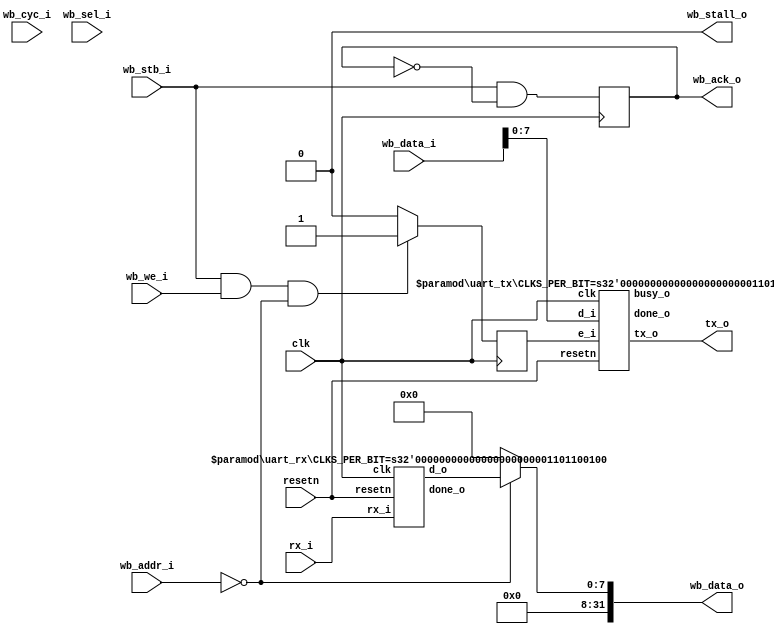
`timescale 1ns / 1ps

module wb_uart #(
    parameter integer CLK_FREQ     = 100_000_000,
    parameter integer BAUD_RATE    = 115200,
    parameter integer ADDR_TX_DATA = 'h0,
    parameter integer ADDR_RX_DATA = 'h0,
    parameter integer ADDR_STATUS  = 'h0
) (
    input clk,
    input resetn,

    input             wb_cyc_i,
    input             wb_stb_i,
    input             wb_we_i,
    input [31:0]      wb_addr_i,
    input [31:0]      wb_data_i,
    input [3:0]       wb_sel_i,

    output reg        wb_ack_o,
    output            wb_stall_o,
    output reg [31:0] wb_data_o,

    output tx_o,
    input  rx_i
);
    wire [7:0] rx_data;
    wire rx_done;

    wire tx_busy;
    wire tx_done;
    reg tx_enable;

    wire [31:0] status;
    assign status = {29'b0, rx_done, tx_busy, tx_done};

    assign wb_stall_o = 0;

    always @(posedge clk) begin
        wb_ack_o <= wb_stb_i && !wb_ack_o;

        if (wb_stb_i && wb_we_i && (wb_addr_i == ADDR_TX_DATA))
            tx_enable <= 1;
        else
            tx_enable <= 0;
    end

    always @(*) begin
        wb_data_o = 'b0;
        case (wb_addr_i)
            ADDR_RX_DATA: wb_data_o = {24'b0, rx_data};
            ADDR_STATUS:  wb_data_o = status;
            default: wb_data_o = 'b0;
        endcase
    end

    uart_tx #(
        .CLKS_PER_BIT(CLK_FREQ / BAUD_RATE)
    ) i_uart_tx (
        .clk(clk),
        .resetn(resetn),
        .e_i(tx_enable),
        .d_i(wb_data_i[7:0]),
        .tx_o(tx_o),
        .busy_o(tx_busy),
        .done_o(tx_done)
    );

    uart_rx #(
        .CLKS_PER_BIT(CLK_FREQ / BAUD_RATE)
    ) i_uart_rx (
        .clk(clk),
        .resetn(resetn),
        .rx_i(rx_i),
        .d_o(rx_data),
        .done_o(rx_done)
    );

endmodule

module uart_tx #(
    parameter CLKS_PER_BIT = 868
) (
    input clk,
    input resetn,

    input       e_i,
    input [7:0] d_i,

    output wire tx_o,
    output reg busy_o,
    output reg done_o
);
    /* Count time between bits. */
    reg [$clog2(CLKS_PER_BIT):0] timer_cnt;

    reg [2:0] state;
    reg [2:0] next_state;
    localparam IDLE  = 3'b001;
    localparam START = 3'b011;
    localparam DATA  = 3'b010;
    localparam STOP  = 3'b110;

    reg [7:0] data    = 8'b0;
    reg [2:0] bit_idx = 3'b0;
    reg shift_bit_idx;

    always @(posedge clk) begin
        if (!resetn) begin
            state     <= IDLE;
            bit_idx   <= 0;
        end else begin
            state     <= next_state;
            bit_idx   <= shift_bit_idx ? bit_idx + 1 : bit_idx;
            data      <= e_i ? d_i : data;
        end
    end

    assign tx_o = (state == DATA) ? data[bit_idx] : (state == START) ? 0 : 1;

    always @(posedge clk) begin
        if (!resetn) begin
            timer_cnt <= CLKS_PER_BIT;
        end else begin
            case (state)
                IDLE:    timer_cnt <= CLKS_PER_BIT;
                START:   timer_cnt <= (timer_cnt == 1) ? CLKS_PER_BIT : timer_cnt - 1;
                DATA:    timer_cnt <= (timer_cnt == 0) ? CLKS_PER_BIT : timer_cnt - 1;
                STOP:    timer_cnt <= timer_cnt - 1;
                default: timer_cnt <= CLKS_PER_BIT;
            endcase
        end
    end

    always @(*) begin
        busy_o        = 1;
        done_o        = 0;
        shift_bit_idx = 0;
        case (state)
            IDLE: begin
                done_o     = 1;
                busy_o     = 0;
                next_state = e_i ? START : IDLE;
            end
            /* Start bit. */
            START: begin
                next_state = (timer_cnt == 1) ? DATA : START;
            end
            DATA: begin
                shift_bit_idx = (timer_cnt == 0) ? 1 : 0;
                next_state    = (timer_cnt == 0) ? ((bit_idx < 7) ? DATA : STOP) : DATA;
            end
            /* Stop bit. */
            STOP: begin
                next_state = (timer_cnt == 0) ? IDLE : STOP;
            end
            default:
                next_state = IDLE;
        endcase
    end
endmodule

module uart_rx #(
    parameter CLKS_PER_BIT = 868
) (
    input clk,
    input resetn,

    input rx_i,

    output reg [7:0] d_o,
    output reg       busy_o,
    output reg       done_o
);
    reg [$clog2(CLKS_PER_BIT):0] timer_cnt;

    reg [2:0]  state;
    reg [2:0]  next_state;
    localparam IDLE    = 3'b001;
    localparam START   = 3'b011;
    localparam DATA    = 3'b010;
    localparam STOP    = 3'b110;
    localparam CLEANUP = 3'b100;

    reg [2:0] bit_idx;
    reg shift_bit_idx;

    always @ (posedge clk) begin
        if (!resetn) begin
            state     <= IDLE;
            bit_idx   <= 0;
        end else begin
            state     <= next_state;
            bit_idx   <= shift_bit_idx ? bit_idx + 1 : bit_idx;
        end
    end

    always @ (posedge clk) begin
        if (!resetn) begin
            d_o <= 0;
        end else begin
            if ((state == DATA) && shift_bit_idx && (bit_idx != 7)) d_o[bit_idx] <= rx_i;
        end
    end

    always @(posedge clk) begin
        if (!resetn) begin
            timer_cnt <= CLKS_PER_BIT;
        end else begin
            case (state)
                IDLE:    timer_cnt <= CLKS_PER_BIT;
                START:   timer_cnt <= (timer_cnt <= (CLKS_PER_BIT-1) / 2) ? CLKS_PER_BIT : timer_cnt - 1;
                DATA:    timer_cnt <= (timer_cnt == 0) ? CLKS_PER_BIT : timer_cnt - 1;
                STOP:    timer_cnt <= timer_cnt - 1;
                default: timer_cnt <= CLKS_PER_BIT;
            endcase
        end
    end

    always @(*) begin
        busy_o         = 1;
        done_o         = 0;
        shift_bit_idx  = 0;
        case (state)
            IDLE: begin
                busy_o     = 0;
                next_state = (rx_i == 0) ? START : IDLE;
            end
            START: begin
                /* Check in the middle of the byte. */
                next_state = (timer_cnt <= (CLKS_PER_BIT-1) / 2) ? ((rx_i == 0) ? DATA : IDLE) : START;
            end
            DATA: begin
                shift_bit_idx = (timer_cnt == 0) ? 1 : 0;
                next_state    = (timer_cnt == 0) ? ((bit_idx < 7) ? DATA : STOP) : DATA;
            end
            STOP: begin
                /* Wait for stop bit to finish */
                done_o     = 1;
                next_state = (timer_cnt == 0) ? IDLE : STOP;
            end
            default: begin
                next_state     = IDLE;
            end
        endcase
    end
endmodule